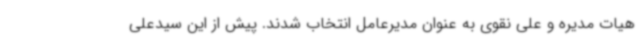
هیات مدیره و علی نقوی به عنوان مدیرعامل انتخاب شدند. پیش از این سیدعلی